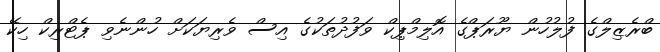
ބްރެޒިލްގެ ފުލުހުން ޔޫރަޕްގެ އޮލިމްޕިކް ވަފުދުތަކުގެ އިސް ވެރިޔަކަށް ހުންނެވި ޕެޓްރިކް ހިކޭ